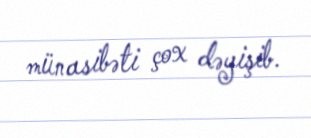
münasibəti çox dəyişib.